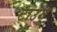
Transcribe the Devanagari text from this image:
टाउंगू